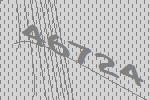
46724